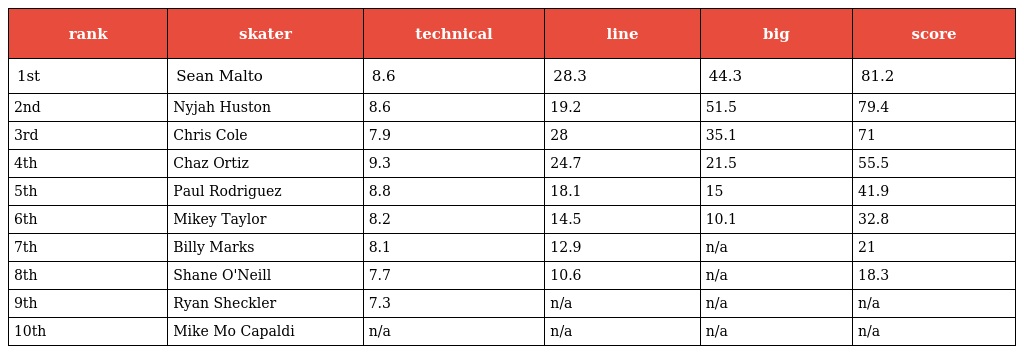
| rank | skater | technical | line | big | score |
 | --- | --- | --- | --- | --- | --- |
 | 1st | Sean Malto | 8.6 | 28.3 | 44.3 | 81.2 |
 | 2nd | Nyjah Huston | 8.6 | 19.2 | 51.5 | 79.4 |
 | 3rd | Chris Cole | 7.9 | 28 | 35.1 | 71 |
 | 4th | Chaz Ortiz | 9.3 | 24.7 | 21.5 | 55.5 |
 | 5th | Paul Rodriguez | 8.8 | 18.1 | 15 | 41.9 |
 | 6th | Mikey Taylor | 8.2 | 14.5 | 10.1 | 32.8 |
 | 7th | Billy Marks | 8.1 | 12.9 | n/a | 21 |
 | 8th | Shane O'Neill | 7.7 | 10.6 | n/a | 18.3 |
 | 9th | Ryan Sheckler | 7.3 | n/a | n/a | n/a |
 | 10th | Mike Mo Capaldi | n/a | n/a | n/a | n/a |